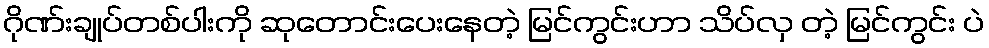
ဂိုဏ်းချုပ်တစ်ပါးကို ဆုတောင်းပေးနေတဲ့ မြင်ကွင်းဟာ သိပ်လှ တဲ့ မြင်ကွင်း ပဲ